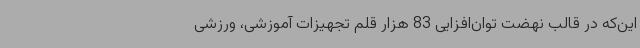
این‌که در قالب نهضت توان‌افزایی 83 هزار قلم تجهیزات آموزشی، ورزشی